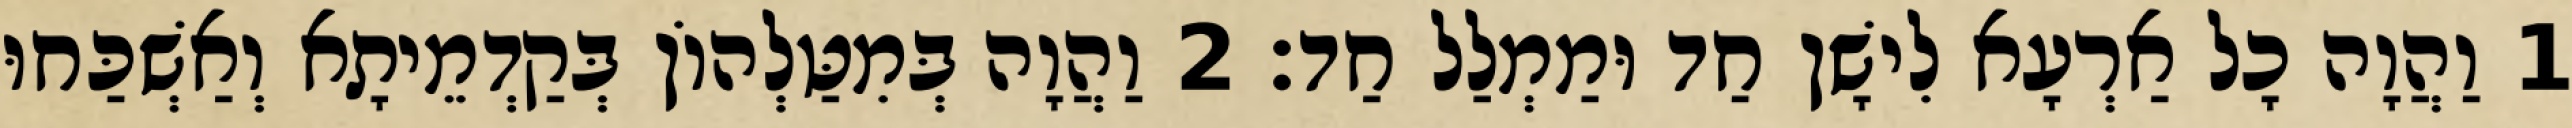
1 וַהֲוָה כָל אַרְעָא לִישָׁן חַד וּמַמְלַל חַד׃ 2 וַהֲוָה בְּמִטַּלְהוֹן בְּקַדְמֵיתָא וְאַשְׁכַּחוּ